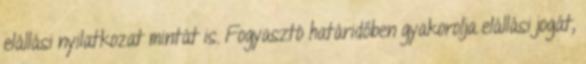
elállási nyilatkozat mintát is. Fogyasztó határidőben gyakorolja elállási jogát,